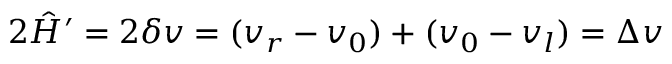
2 \hat { H } ^ { \prime } = 2 \delta v = ( v _ { r } - v _ { 0 } ) + ( v _ { 0 } - v _ { l } ) = \Delta v